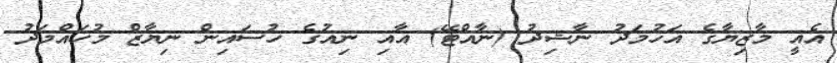
އެއީ މާޒިޔާގެ އަހުމަދު ނާޝިދު (ނާއްޓޭ) އާއި ނިއުގެ ހުސައިން ނިޔާޒް މުހައްމަދު